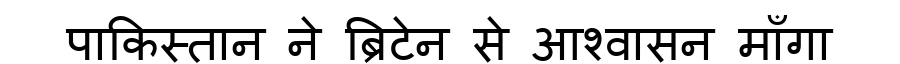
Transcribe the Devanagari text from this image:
पाकिस्तान ने ब्रिटेन से आश्वासन माँगा